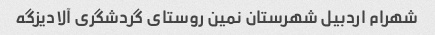
شهرام اردبیل شهرستان نمین روستای گردشگری آلادیزگه